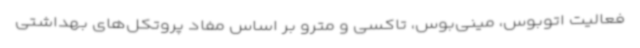
فعالیت اتوبوس، مینی‌بوس، تاکسی و مترو بر اساس مفاد پروتکل‌های بهداشتی